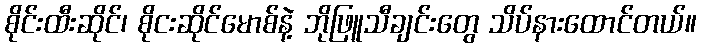
စိုင်းထီးဆိုင်၊ စိုငးဆိုင်မောစ်နဲ့ ဘိုဖြူသီချင်းတွေ သိပ်နားထောင်တယ်။